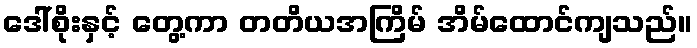
ဒေါ်စိုးနှင့် တွေ့ကာ တတိယအကြိမ် အိမ်ထောင်ကျသည်။